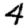
Digit: 4